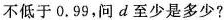
不低于0.99，问d至少是多少?